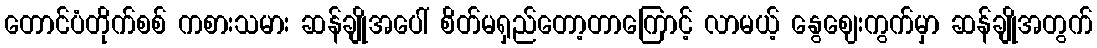
တောင်ပံတိုက်စစ် ကစားသမား ဆန်ချိုအပေါ် စိတ်မရှည်တော့တာကြောင့် လာမယ့် နွေဈေးကွက်မှာ ဆန်ချိုအတွက်